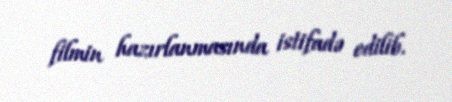
filmin hazırlanmasında istifadə edilib.